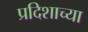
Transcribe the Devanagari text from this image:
प्रदिशाच्या